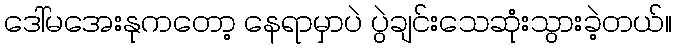
ဒေါ်မအေးနုကတော့ နေရာမှာပဲ ပွဲချင်းသေဆုံးသွားခဲ့တယ်။